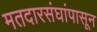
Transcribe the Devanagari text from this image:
मतदारसंघांपासून